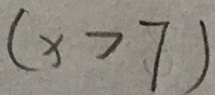
( x > 7 )